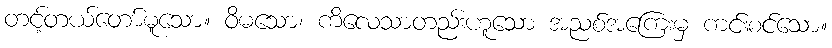
တင့်တယ်တော်မူသော။ ဝိမသော၊ ကိလေသာတည်းဟူသော အညစ်အကြေးမှ ကင်းစင်သော။